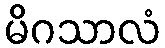
မိဂသာလံ